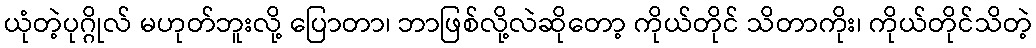
ယုံတဲ့ပုဂ္ဂိုလ် မဟုတ်ဘူးလို့ ပြောတာ၊ ဘာဖြစ်လို့လဲဆိုတော့ ကိုယ်တိုင် သိတာကိုး၊ ကိုယ်တိုင်သိတဲ့